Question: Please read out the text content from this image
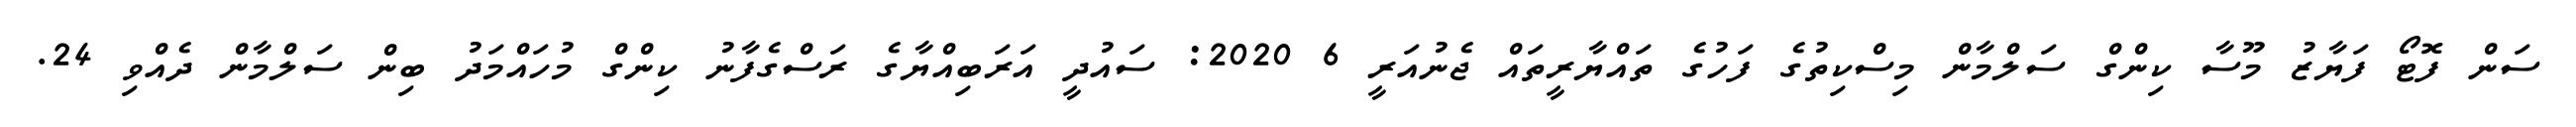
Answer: ސަން ފޮޓޯ ފަޔާޒު މޫސާ ކިންގް ސަލްމާން މިސްކިތުގެ ފަހުގެ ތައްޔާރީތައް ޖެނުއަރީ 6 2020: ސައުދީ އަރަބިއްޔާގެ ރަސްގެފާނު ކިންގް މުހައްމަދު ބިން ސަލްމާން ދެއްވި 24.